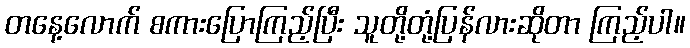
တနေ့လောက် စကားပြောကြည့်ပြီး သူတို့တုံ့ပြန်လားဆိုတာ ကြည့်ပါ။